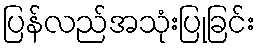
ပြန်လည်အသုံးပြုခြင်း